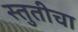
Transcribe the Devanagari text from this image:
स्तुतीचा